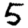
Digit: 5